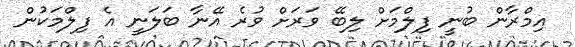
އިމްރާން ބުނީ ފިލްމަށް ލިބޭ ވަރަށް ވުރެ އޭނާ ބަލަނީ އެ ފިލްމަކުން